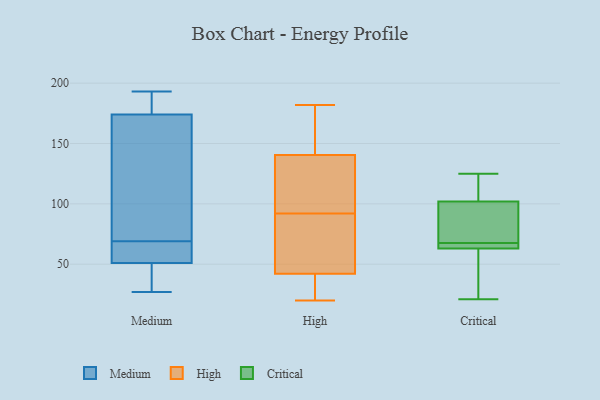
{"axis": {"x": "Production Output", "y": "Value"}, "legend": ["Critical", "High", "Medium"], "data": [{"x": "", "y": 78, "type": "Medium"}, {"x": "", "y": 50, "type": "Medium"}, {"x": "", "y": 174, "type": "Medium"}, {"x": "", "y": 193, "type": "Medium"}, {"x": "", "y": 27, "type": "Medium"}, {"x": "", "y": 177, "type": "Medium"}, {"x": "", "y": 87, "type": "Medium"}, {"x": "", "y": 55, "type": "Medium"}, {"x": "", "y": 51, "type": "Medium"}, {"x": "", "y": 50, "type": "Medium"}, {"x": "", "y": 60, "type": "Medium"}, {"x": "", "y": 189, "type": "Medium"}, {"x": "", "y": 51, "type": "Medium"}, {"x": "", "y": 157, "type": "Medium"}, {"x": "", "y": 38, "type": "High"}, {"x": "", "y": 109, "type": "High"}, {"x": "", "y": 181, "type": "High"}, {"x": "", "y": 134, "type": "High"}, {"x": "", "y": 182, "type": "High"}, {"x": "", "y": 20, "type": "High"}, {"x": "", "y": 105, "type": "High"}, {"x": "", "y": 46, "type": "High"}, {"x": "", "y": 147, "type": "High"}, {"x": "", "y": 68, "type": "High"}, {"x": "", "y": 79, "type": "High"}, {"x": "", "y": 22, "type": "High"}, {"x": "", "y": 66, "type": "Critical"}, {"x": "", "y": 102, "type": "Critical"}, {"x": "", "y": 125, "type": "Critical"}, {"x": "", "y": 34, "type": "Critical"}, {"x": "", "y": 69, "type": "Critical"}, {"x": "", "y": 21, "type": "Critical"}, {"x": "", "y": 66, "type": "Critical"}, {"x": "", "y": 63, "type": "Critical"}, {"x": "", "y": 123, "type": "Critical"}, {"x": "", "y": 99, "type": "Critical"}]}